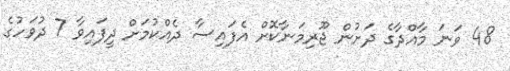
48 ވަނަ މާއްދާގެ ދަށުން ޖޫރިމަނާކޮށް އެފައިސާ ދެއްކުމަށް ދީފައިވާ 7 ދުވަހުގެ